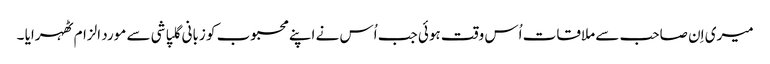
میری اِن صاحب سے ملاقات اُس وقت ہوئی جب اُس نے اپنے محبوب کو زبانی گلپاشی سے مورد الزام ٹھہرایا ۔